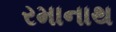
રમાનાથ